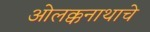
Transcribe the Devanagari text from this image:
ओलक्कनाथाचे